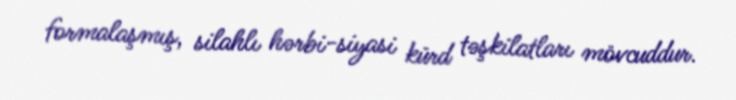
formalaşmış, silahlı hərbi-siyasi kürd təşkilatları mövcuddur.